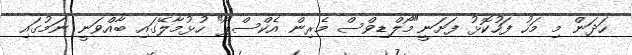
ހަދަން މި މަހު ފަހުކޮޅު ފަށަނީ"މޯލްޑިވްސް މެރިން އެކްސްޕޯ" ހުޅުމާލޭގައި ބާއްވަނީ ނަމުގައި